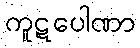
ကူဋပေါဏာ